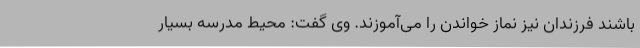
باشند فرزندان نیز نماز خواندن را می‌آموزند. وی گفت: محیط مدرسه بسیار